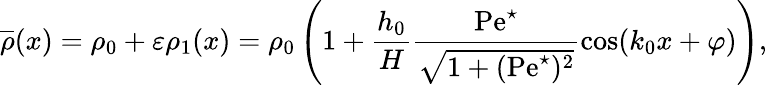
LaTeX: \overline{{\rho}}(x)=\rho_{0}+\varepsilon\rho_{1}(x)=\rho_{0}\left(1+\frac{h_{0}}{H}\frac{\mathrm{Pe}^{\star}}{\sqrt{1+(\mathrm{Pe}^{\star})^{2}}}\cos(k_{0}x+\varphi)\right),